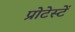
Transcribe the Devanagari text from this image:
प्रोटेस्टें